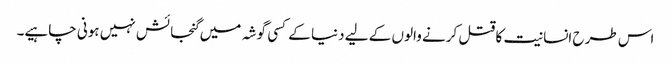
اس طرح انسانیت کا قتل کرنے والوں کے لیے دنیا کے کسی گوشہ میں گنجائش نہیں ہونی چاہیے۔